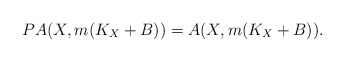
\begin{align*}PA(X,m(K_X+B)) = A(X,m(K_X+B)).\end{align*}